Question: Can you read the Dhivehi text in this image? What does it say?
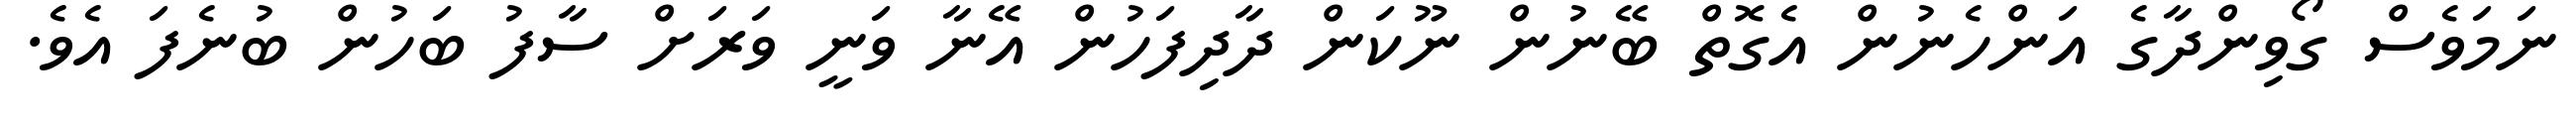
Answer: ނަމަވެސް ގޯވިންދާގެ އަންހެނުން އެގޮތް ބޭނުން ނޫކަން ދާދިފަހުން އޭނާ ވަނީ ވަރަށް ސާފު ބަހުން ބުނެފަ އެވެ.